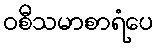
ဝစီသမာစာရံပေ